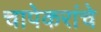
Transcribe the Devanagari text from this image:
चापेकरांचे